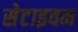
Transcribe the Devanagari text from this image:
सेटाइवम